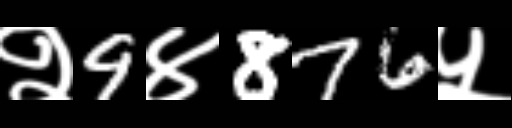
Text: २9४876५